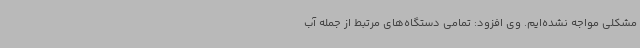
مشکلی مواجه نشده‌ایم. وی افزود: تمامی دستگاه‌های مرتبط از جمله آب